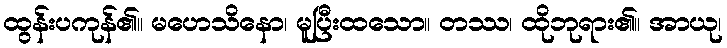
ထွန်းပကုန်၏။ မဟေသိနော၊ မူပြီးထသော။ တဿ၊ ထိုဘုရား၏။ အာယု၊